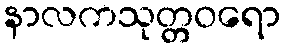
နာလကသုတ္တဝရော